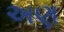
અણ